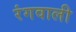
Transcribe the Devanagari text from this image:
रंगवाली